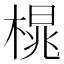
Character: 𪳒